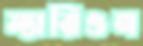
ম্যারিওন